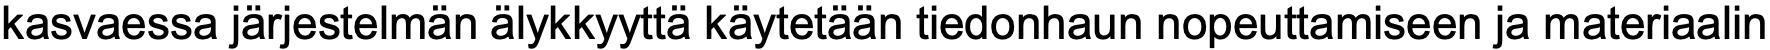
kasvaessa järjestelmän älykkyyttä käytetään tiedonhaun nopeuttamiseen ja materiaalin